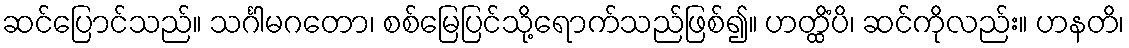
ဆင်ပြောင်သည်။ သင်္ဂါမဂတော၊ စစ်မြေပြင်သို့ရောက်သည်ဖြစ်၍။ ဟတ္ထိံပိ၊ ဆင်ကိုလည်း။ ဟနတိ၊